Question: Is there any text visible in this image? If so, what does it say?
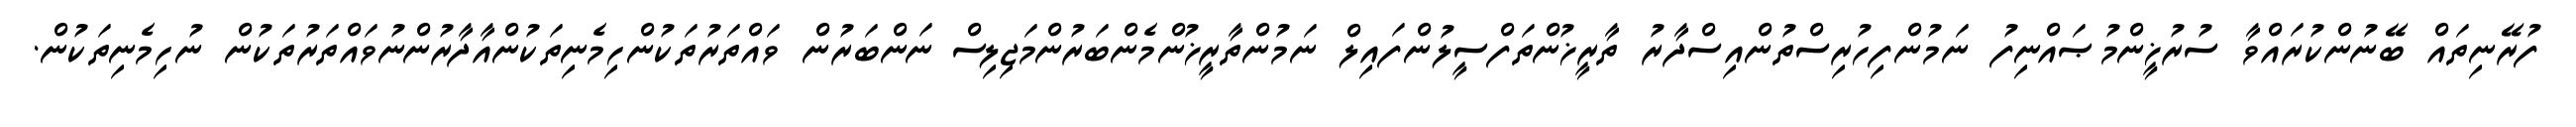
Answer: ފުރޭނިތައް ބޭނުންކުރައްވާ ސުރުޚީންމުޞައްނިފު ނަމުންފިހުރިސްތުންއިސްދާރު ތާރީޚުންތަފްސީލުންފައިލް ނަމުންތާރީޚުންމެންބަރުންމަޖިލިސް ނަންބަރުން ވައްތަރުތަކުންހިމެނިތަކުންއާދާރުންނުވައްތަރުތަކުން ނުހިމެނިތަކުން.